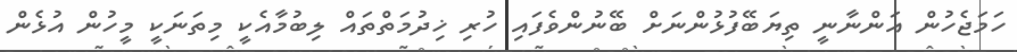
ހަމަޖެހުން އަންނާނީ ތިޔަބޭފުޅުންނަށް ބޭނުންވެފައި ހުރި ޚިދުމަތްތައް ލިބުމާއެކީ މިތަނަކީ މީހުން އުޅެން